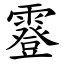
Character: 霯